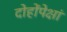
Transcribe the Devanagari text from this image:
दोहोंपेक्षां